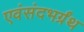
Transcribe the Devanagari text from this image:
एवंसंदभर्ग्रंथ